Report on horse surra - Volume I
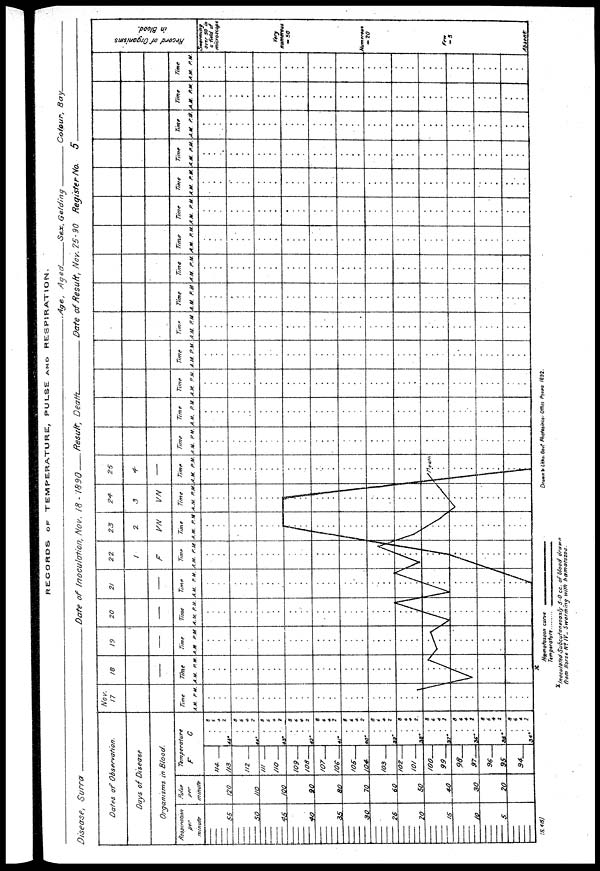
RECORDS OF TEMPERATURE, PULSE AND RESPIRATION.